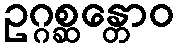
ဥဂ္ဂစ္ဆန္တောဝ